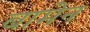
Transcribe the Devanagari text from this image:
बामेन